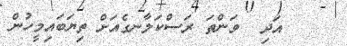
އަދި  ވަންތަ ރަސްކަލާނގެއަށް ތިޔަބައިމީހުން